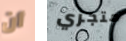
أن متجري